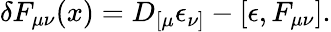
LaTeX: \delta F_{\mu\nu}(x)=D_{[\mu}\epsilon_{\nu]}-[\epsilon,F_{\mu\nu}].